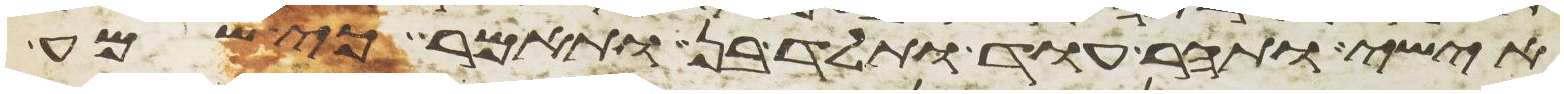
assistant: אישי ותהר עוד ותלד בן ותאמר כי שמע